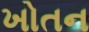
ખોતન